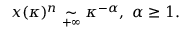
x ( \kappa ) ^ { n } \underset { + \infty } { \sim } \kappa ^ { - \alpha } , ~ \alpha \geq 1 .